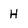
Character: H